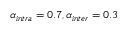
\alpha _ { i n t r a } = 0 . 7 , \alpha _ { i n t e r } = 0 . 3